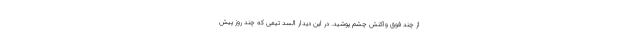
از چند فوق واکنش چشم پوشید. در این دیدار السد تیمی که چند روز پیش